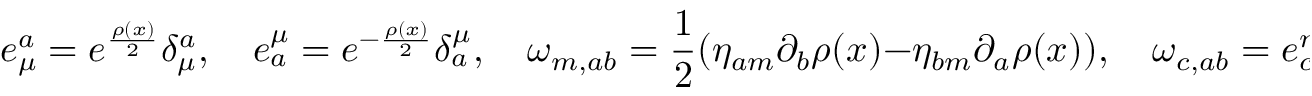
e _ { \mu } ^ { a } = e ^ { \frac { \rho ( x ) } { 2 } } \delta _ { \mu } ^ { a } , \quad e _ { a } ^ { \mu } = e ^ { - \frac { \rho ( x ) } { 2 } } \delta _ { a } ^ { \mu } , \quad \omega _ { m , a b } = \frac { 1 } { 2 } ( \eta _ { a m } \partial _ { b } \rho ( x ) - \eta _ { b m } \partial _ { a } \rho ( x ) ) , \quad \omega _ { c , a b } = e _ { c } ^ { m } \omega _ { m , a b } = e ^ { - \frac { \rho ( x ) } { 2 } } \omega _ { c , a b } .